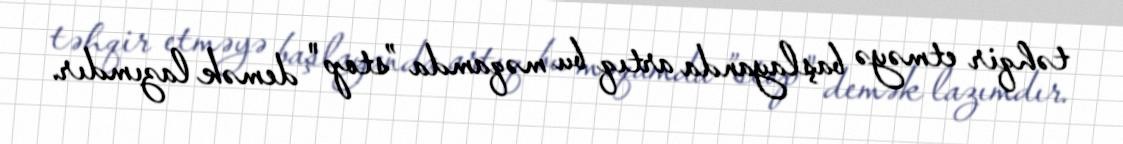
təhqir etməyə başlayanda artıq bu məqamda ”stop" demək lazımdır.